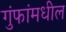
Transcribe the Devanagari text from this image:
गुंफांमधील